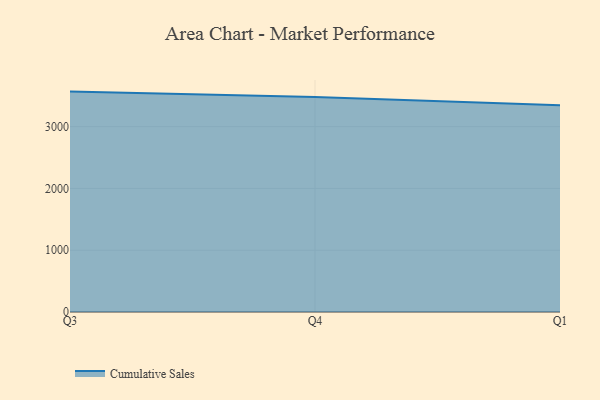
{"axis": {"x": "Quarter", "y": "Customer Acquisition Cost (USD)"}, "legend": ["Cumulative Sales"], "data": [{"x": "Q3", "y": 3566.9, "type": "Cumulative Sales"}, {"x": "Q4", "y": 3477.7, "type": "Cumulative Sales"}, {"x": "Q1", "y": 3344.9, "type": "Cumulative Sales"}]}